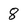
Character: 8